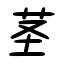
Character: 茎